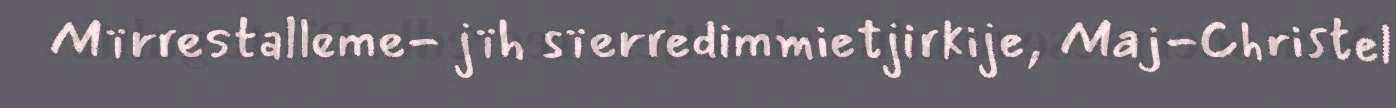
Mïrrestalleme- jïh sïerredimmietjirkije, Maj-Christel